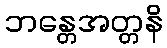
ဘန္တေအတ္တနိ